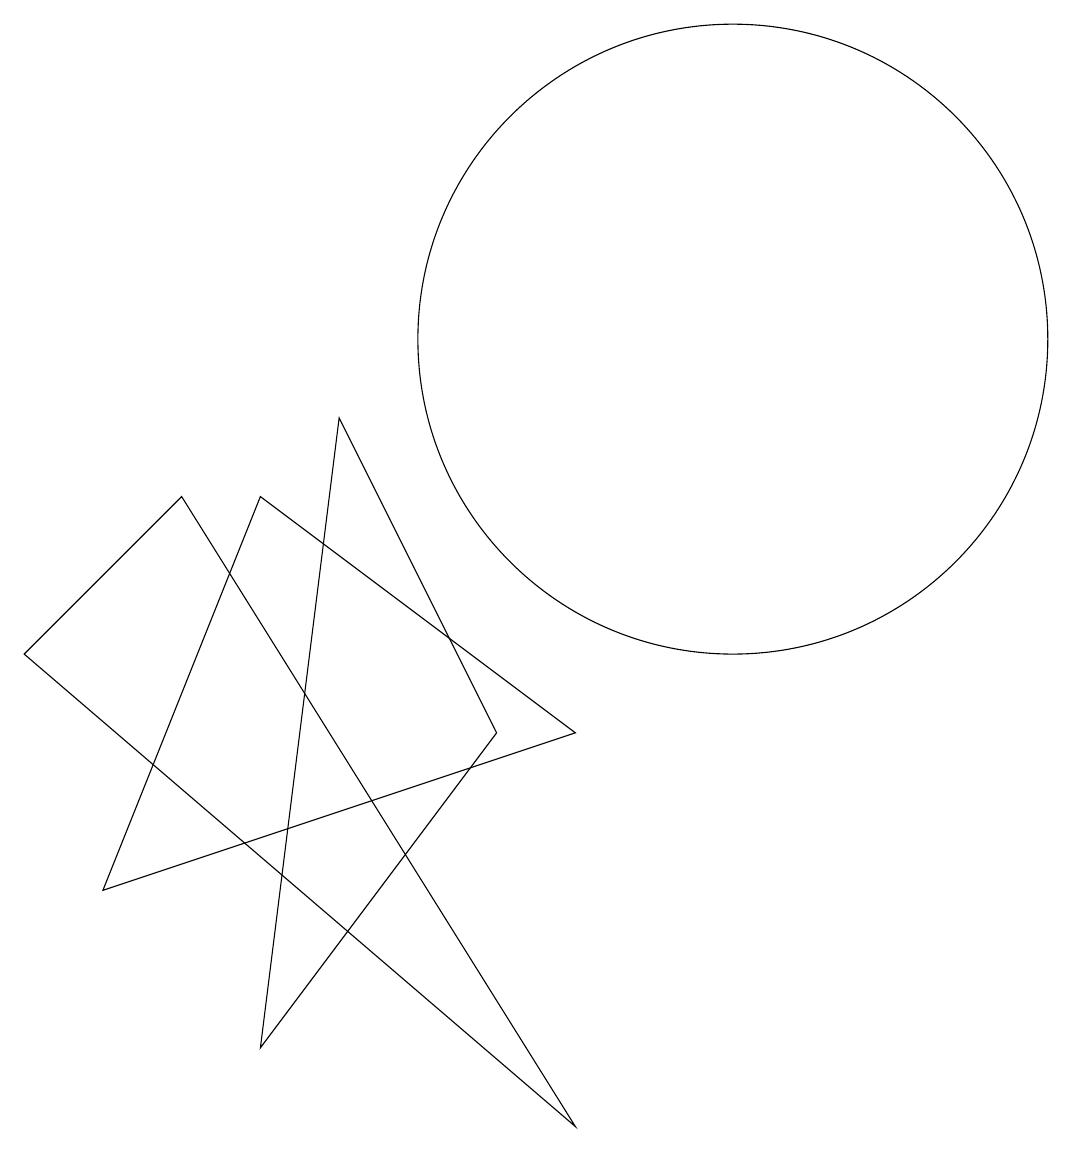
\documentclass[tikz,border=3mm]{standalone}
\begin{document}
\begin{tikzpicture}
\draw (3,3) -- (5,8) -- (9,5) -- cycle;
\draw (11,10) circle (4);
\draw (8,5) -- (6,9) -- (5,1) -- cycle;
\draw (4,8) -- (9,0) -- (2,6) -- cycle;
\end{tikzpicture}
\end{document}